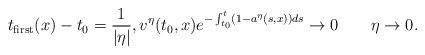
LaTeX: \begin{align*}t_{\rm first}(x)-t_{0}=\frac{1}{|\eta|},v^{\eta}(t_{0},x)e^{-\int_{t_{0}}^{t}(1-a^{\eta}(s,x))ds}\to0\quad\quad\eta\to0.\end{align*}